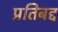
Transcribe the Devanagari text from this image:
प्रतिबद्द